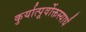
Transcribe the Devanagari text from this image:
कुर्यात्पूर्वोक्तस्यार्धं